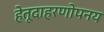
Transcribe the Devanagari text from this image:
हेतूदाहरणोपनय